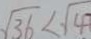
\sqrt { 3 6 } < \sqrt { 4 }